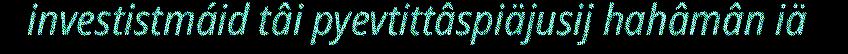
investistmáid tâi pyevtittâspiäjusij hahâmân iä